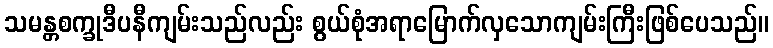
သမန္တစက္ခုဒီပနီကျမ်းသည်လည်း စွယ်စုံအရာမြောက်လှသောကျမ်းကြီးဖြစ်ပေသည်။